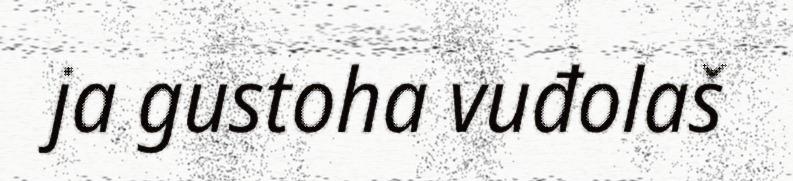
ja gustoha vuđolaš